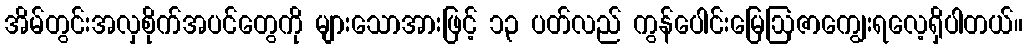
အိမ်တွင်းအလှစိုက်အပင်တွေကို များသောအားဖြင့် ၁၃ ပတ်လည် ကွန်ပေါင်းမြေဩဇာကျွေးရလေ့ရှိပါတယ်။